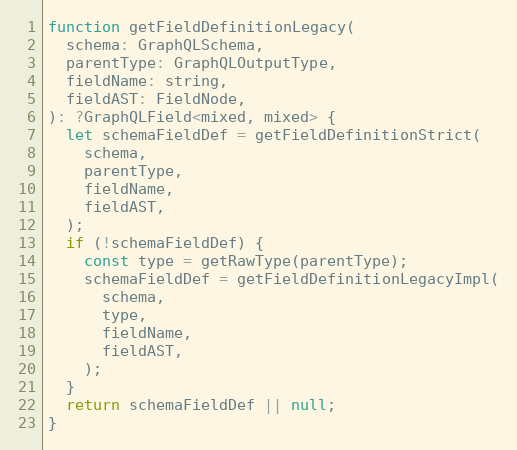
Language: JavaScript
function getFieldDefinitionLegacy(
  schema: GraphQLSchema,
  parentType: GraphQLOutputType,
  fieldName: string,
  fieldAST: FieldNode,
): ?GraphQLField<mixed, mixed> {
  let schemaFieldDef = getFieldDefinitionStrict(
    schema,
    parentType,
    fieldName,
    fieldAST,
  );
  if (!schemaFieldDef) {
    const type = getRawType(parentType);
    schemaFieldDef = getFieldDefinitionLegacyImpl(
      schema,
      type,
      fieldName,
      fieldAST,
    );
  }
  return schemaFieldDef || null;
}